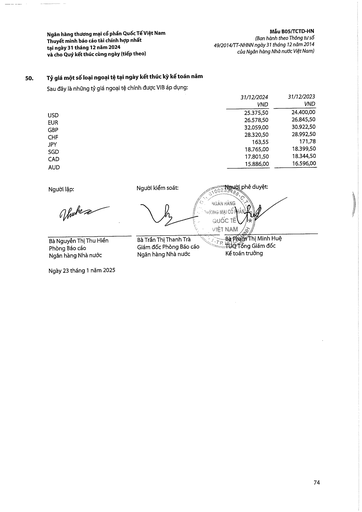
||31/12/2024 VND|31/12/2023 VND| |---|---|---| |USD|25.375,50|24.400,00| |EUR|26.578,50|26.845,50| |GBP|32.059,00|30.922,50| |CHF|28.320,50|28.992,50| |JPY|163,55|171,78| |SGD|18.765,00|18.399,50| |CAD|17.801,50|18.344,50| |AUD|15.886,00|16.596,00|